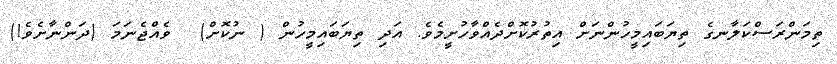
ތިމަންރަސްކަލާނގެ ތިޔަބައިމީހުންނަށް އިތުރުކޮށްދެއްވާހުށީމެވެ. އަދި ތިޔަބައިމީހުން ( ނުކޮށް)  ވެއްޖެނަމަ (ދަންނާށެވެ!)